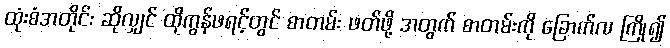
ထုံးစံအတိုင်း ဆိုလျှင် ထိုကွန်ဖရင့်တွင် စာတမ်း ဖတ်ဖို့ အတွက် စာတမ်းကို ခြောက်လ ကြို၍